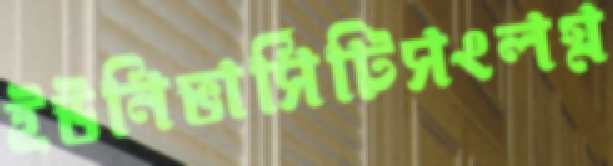
ইউনিভার্সিটিসংলগ্ন